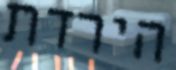
הירדת